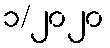
၁/၂၀၂၀